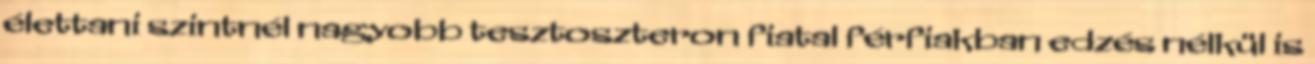
élettani szintnél nagyobb tesztoszteron fiatal férfiakban edzés nélkül is